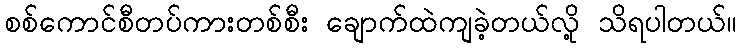
စစ်ကောင်စီတပ်ကားတစ်စီး ချောက်ထဲကျခဲ့တယ်လို့ သိရပါတယ်။